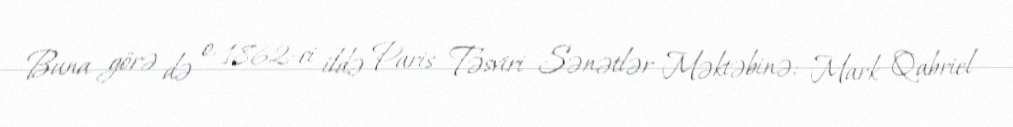
Buna görə də o, 1862-ci ildə Paris Təsviri Sənətlər Məktəbinə; Mark Qabriel